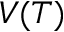
V ( T )